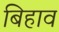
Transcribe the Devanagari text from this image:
बिहाव